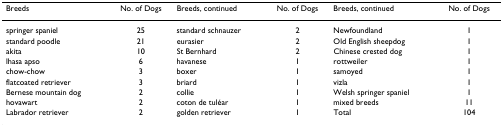
<table><thead><tr><td><b>Breeds</b></td><td><b>No. of Dogs</b></td><td><b>Breeds, continued</b></td><td><b>No. of Dogs</b></td><td><b>Breeds, continued</b></td><td><b>No. of Dogs</b></td></tr></thead><tbody><tr><td>springer spaniel</td><td>25</td><td>standard schnauzer</td><td>2</td><td>Newfoundland</td><td>1</td></tr><tr><td>standard poodle</td><td>21</td><td>eurasier</td><td>2</td><td>Old English sheepdog</td><td>1</td></tr><tr><td>akita</td><td>10</td><td>St Bernhard</td><td>2</td><td>Chinese crested dog</td><td>1</td></tr><tr><td>lhasa apso</td><td>6</td><td>havanese</td><td>1</td><td>rottweiler</td><td>1</td></tr><tr><td>chow-chow</td><td>3</td><td>boxer</td><td>1</td><td>samoyed</td><td>1</td></tr><tr><td>flatcoated retriever</td><td>3</td><td>briard</td><td>1</td><td>vizla</td><td>1</td></tr><tr><td>Bernese mountain dog</td><td>2</td><td>collie</td><td>1</td><td>Welsh springer spaniel</td><td>1</td></tr><tr><td>hovawart</td><td>2</td><td>coton de tuléar</td><td>1</td><td>mixed breeds</td><td>11</td></tr><tr><td>Labrador retriever</td><td>2</td><td>golden retriever</td><td>1</td><td>Total</td><td>104</td></tr></tbody></table>